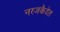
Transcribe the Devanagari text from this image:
नरजकैदेत